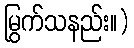
မြွက်သနည်း။)